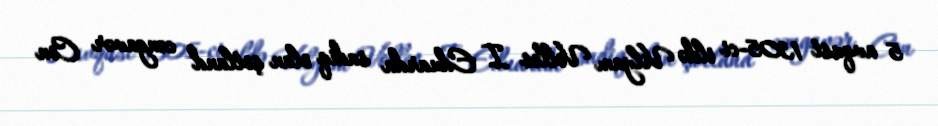
5 avqust 1305-ci ildə Vilyam Volles I Eduarda sadiq olan şotland cəngavər Con